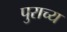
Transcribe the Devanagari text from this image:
पुराच्य